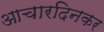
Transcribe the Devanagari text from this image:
आचारदिनकर